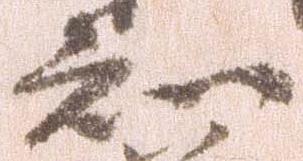
知